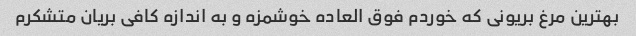
بهترین مرغ بریونی که خوردم فوق العاده خوشمزه و به اندازه کافی بریان متشکرم